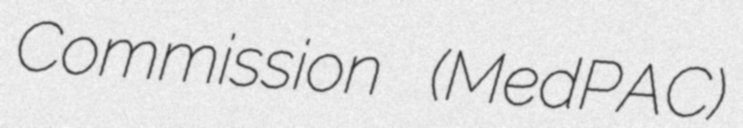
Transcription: Commission (MedPAC)